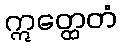
ဣတ္ထေတံ